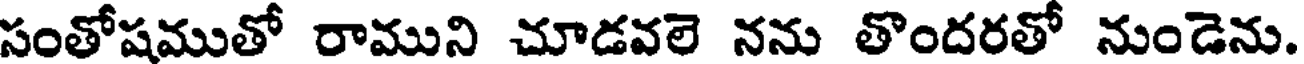
సంతోషముతో రాముని చూడవలె నను తొందరతో నుండెను.